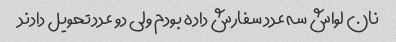
نان لواش سه عدد سفارش داده بودم ولی دو عدد تحویل دادند